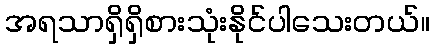
အရသာရှိရှိစားသုံးနိုင်ပါသေးတယ်။